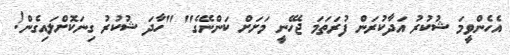
އެހެންވީމަ ޝުކުރު އަދާކުރަން ފުރަތަމަ ޖެހޭނީ މަށަށް ކަންނޭގެ" "ހާދަ ޝުކުރު ގިނަކޮށްލައިގެން!